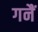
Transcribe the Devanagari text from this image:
गनैं